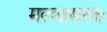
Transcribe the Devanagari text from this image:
मल्लासरता